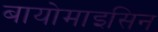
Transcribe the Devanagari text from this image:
बायोमाइसिन